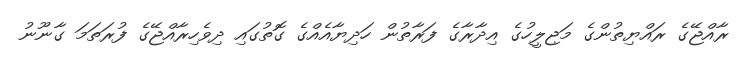
ރާއްޖޭގެ ރައްޔިތުންގެ މަޖިލީހުގެ އިދާރާގެ ފަރާތުން ހަދިޔާއެއްގެ ގޮތުގައި ދިވެހިރާއްޖޭގެ ފުރަތަމަ ގާނޫނު